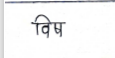
मजकूर: विष